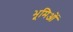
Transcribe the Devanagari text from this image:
भूमिओं